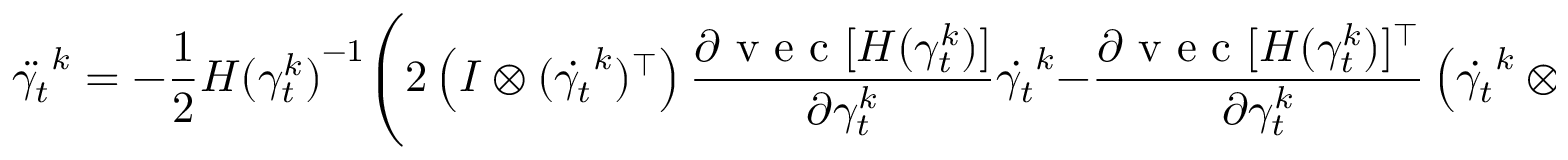
\ddot { \gamma _ { t } } ^ { k } = - \frac { 1 } { 2 } { H ( \gamma _ { t } ^ { k } ) } ^ { - 1 } \Bigg ( 2 \left( I \otimes ( \dot { \gamma _ { t } } ^ { k } ) ^ { \top } \right) \frac { \partial \mathrm { ~ v ~ e ~ c ~ } [ H ( \gamma _ { t } ^ { k } ) ] } { \partial \gamma _ { t } ^ { k } } \dot { \gamma _ { t } } ^ { k } - \frac { \partial \mathrm { ~ v ~ e ~ c ~ } [ H ( \gamma _ { t } ^ { k } ) ] ^ { \top } } { \partial \gamma _ { t } ^ { k } } \left( \dot { \gamma _ { t } } ^ { k } \otimes \dot { \gamma _ { t } } ^ { k } \right) \Bigg ) ,